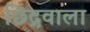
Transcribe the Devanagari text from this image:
छिद्रवाला